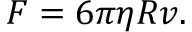
F = 6 \pi \eta R v .